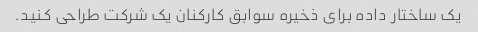
یک ساختار داده برای ذخیره سوابق کارکنان یک شرکت طراحی کنید.